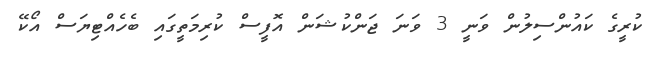
ކުރީގެ ކައުންސިލުން ވަނީ 3 ވަނަ ޖަންކުޝަން އޮފީސް ކުރިމަތީގައި ބެހެއްޓިޔަސް އޯކޭ